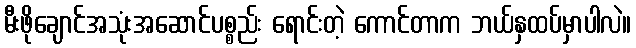
မီးဖိုချောင်အသုံးအဆောင်ပစ္စည်း ရောင်းတဲ့ ကောင်တာက ဘယ်နှထပ်မှာပါလဲ။